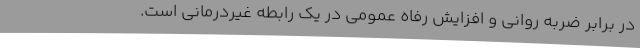
در برابر ضربه روانی و افزایش رفاه عمومی در یک رابطه غیردرمانی است.